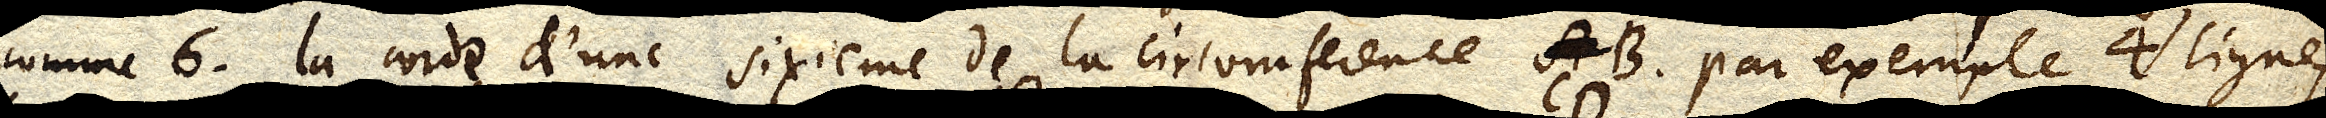
comme 6. la corde d’une sixieme de la circomference AB par exemple 4 lignes.